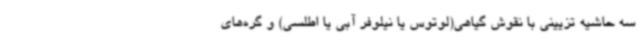
سه حاشیه تزیینی با نقوش گیاهی(لوتوس یا نیلوفر آبی یا اطلسی) و گره‌های